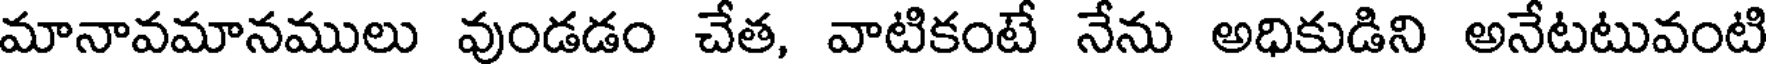
మానావమానములు వుండడం చేత, వాటికంటే నేను అధికుడిని అనేటటువంటి